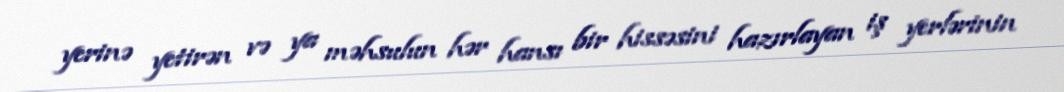
yerinə yetirən və ya məhsulun hər hansı bir hissəsini hazırlayan iş yerlərinin